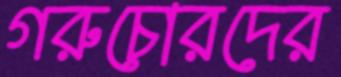
গরুচোরদের